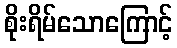
စိုးရိမ်သောကြောင့်